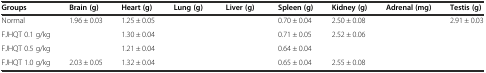
<table><thead><tr><td><b>Groups</b></td><td><b>Brain (g)</b></td><td><b>Heart (g)</b></td><td><b>Lung (g)</b></td><td><b>Liver (g)</b></td><td><b>Spleen (g)</b></td><td><b>Kidney (g)</b></td><td><b>Adrenal (mg)</b></td><td><b>Testis (g)</b></td></tr></thead><tbody><tr><td>Normal</td><td>1.96 ± 0.03</td><td>1.25 ± 0.05</td><td>[EMPTY_CELL]</td><td>[EMPTY_CELL]</td><td>0.70 ± 0.04</td><td>2.50 ± 0.08</td><td>[EMPTY_CELL]</td><td>2.91 ± 0.03</td></tr><tr><td>FJHQT 0.1 g/kg</td><td>[EMPTY_CELL]</td><td>1.30 ± 0.04</td><td>[EMPTY_CELL]</td><td>[EMPTY_CELL]</td><td>0.71 ± 0.05</td><td>2.52 ± 0.06</td><td>[EMPTY_CELL]</td><td>[EMPTY_CELL]</td></tr><tr><td>FJHQT 0.5 g/kg</td><td>[EMPTY_CELL]</td><td>1.21 ± 0.04</td><td>[EMPTY_CELL]</td><td>[EMPTY_CELL]</td><td>0.64 ± 0.04</td><td>[EMPTY_CELL]</td><td>[EMPTY_CELL]</td><td>[EMPTY_CELL]</td></tr><tr><td>FJHQT 1.0 g/kg</td><td>2.03 ± 0.05</td><td>1.32 ± 0.04</td><td>[EMPTY_CELL]</td><td>[EMPTY_CELL]</td><td>0.65 ± 0.04</td><td>2.55 ± 0.08</td><td>[EMPTY_CELL]</td><td>[EMPTY_CELL]</td></tr></tbody></table>